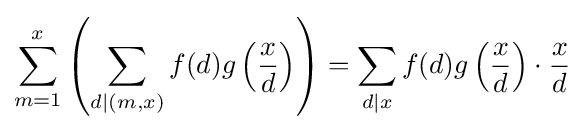
\sum _{m=1}^{x}\left(\sum _{d\mid (m,x)}f(d)g\left({\frac {x}{d}}\right)\right)=\sum _{d\mid x}f(d)g\left({\frac {x}{d}}\right)\cdot {\frac {x}{d}}